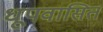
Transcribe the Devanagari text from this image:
धूपवासित